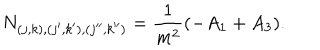
N _ { ( j , k ) , ( j ^ { \prime } , k ^ { \prime } ) , ( j ^ { \prime \prime } , k ^ { \prime \prime } ) } = \frac { 1 } { m ^ { 2 } } ( - A _ { 1 } + A _ { 3 } ) .